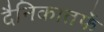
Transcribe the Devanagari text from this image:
दैनिकातर्फे